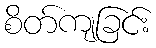
စိတ်ကျခြင်း